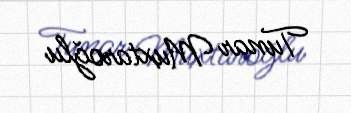
Tunar Muxtaroğlu